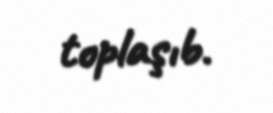
toplaşıb.